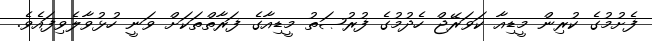
ފެށުމުގެ ކުރިން މީޑިއާ ކަވަރޭޖް ހެދުމުގެ ފުރުޞަތު މީޑިއާގެ ފަރާތްތަކަށް ވަނީ ހުޅުވާލެވިފައެވެ.